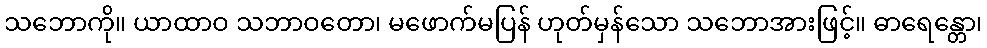
သဘောကို။ ယာထာဝ သဘာဝတော၊ မဖောက်မပြန် ဟုတ်မှန်သော သဘောအားဖြင့်။ ဓာရေန္တော၊